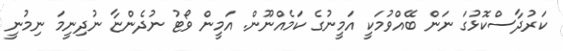
ކަރުދާސްކޮޅުގަ ނަން ބޭއްވުމަކީ އަމީނުގެ ކަމެއްނޫން. އަމީން ވޯޓު ނުދެންޏާ ނުދިނީމަ ނިމުނީ